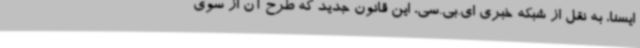
ایسنا، به نقل از شبکه خبری ای.بی.سی، این قانون جدید که طرح آن از سوی